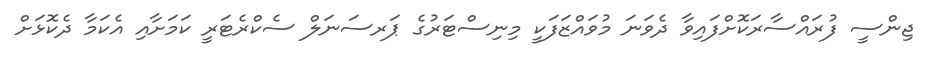
ޖިންސީ ފުރައްސާރަކޮށްފައިވާ ދެވަނަ މުވައްޒަފަކީ މިނިސްޓަރުގެ ޕަރސަނަލް ސެކްރެޓަރީ ކަމަށާއި އެކަމާ ދެކޮޅަށް